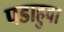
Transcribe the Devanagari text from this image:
पडाहुवा